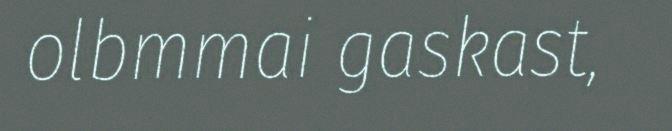
olbmmai gaskast,